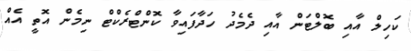
ކަހިލް އާއި ބޮލްޓަން އާއި ދެމެދު ހަދާފައިވާ ކޮންޓްރެކްޓް ނިމެން އޮތީ އެއް